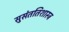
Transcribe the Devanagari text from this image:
सुसंततिशास्त्र